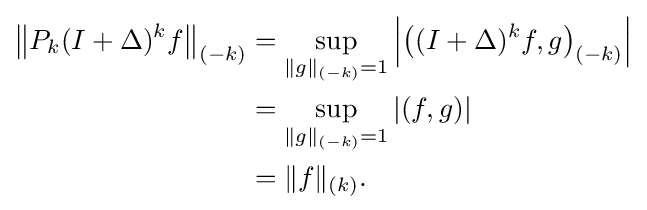
{\begin{aligned}\left\|P_{k}(I+\Delta )^{k}f\right\|_{(-k)}&=\sup _{\|g\|_{(-k)}=1}\left|\left((I+\Delta )^{k}f,g\right)_{(-k)}\right|\\&=\sup _{\|g\|_{(-k)}=1}|(f,g)|\\&=\|f\|_{(k)}.\end{aligned}}